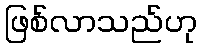
ဖြစ်လာသည်ဟု